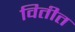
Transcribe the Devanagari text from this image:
वितीत